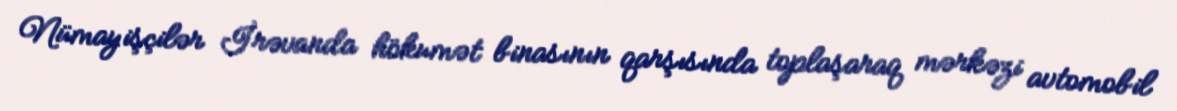
Nümayişçilər İrəvanda hökumət binasının qarşısında toplaşaraq mərkəzi avtomobil